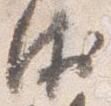
衛